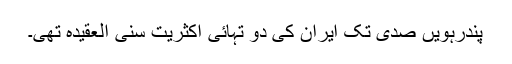
پندرہویں صدی تک ایران کی دو تہائی اکثریت سنی العقیدہ تھی۔